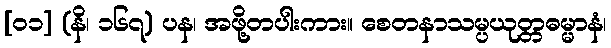
[၀၁] (နိ၊ ၁၆၇) ပန၊ အဖို့တပါးကား။ စေတနာသမ္ပယုတ္တဓမ္မာနံ၊